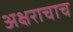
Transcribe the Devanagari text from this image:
अक्षराचाच